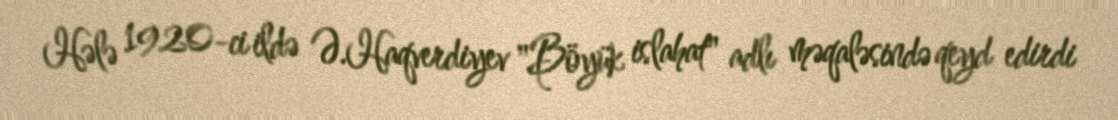
Hələ 1920-ci ildə Ə.Haqverdiyev "Böyük islahat" adlı məqaləsində qeyd edirdi